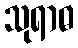
သုရာဓ